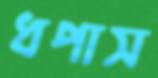
ধপাস